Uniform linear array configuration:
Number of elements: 24
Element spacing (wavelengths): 0.75
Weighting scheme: kaiser
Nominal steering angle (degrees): -45
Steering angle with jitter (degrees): -45.075
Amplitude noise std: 0.05
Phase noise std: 0.05

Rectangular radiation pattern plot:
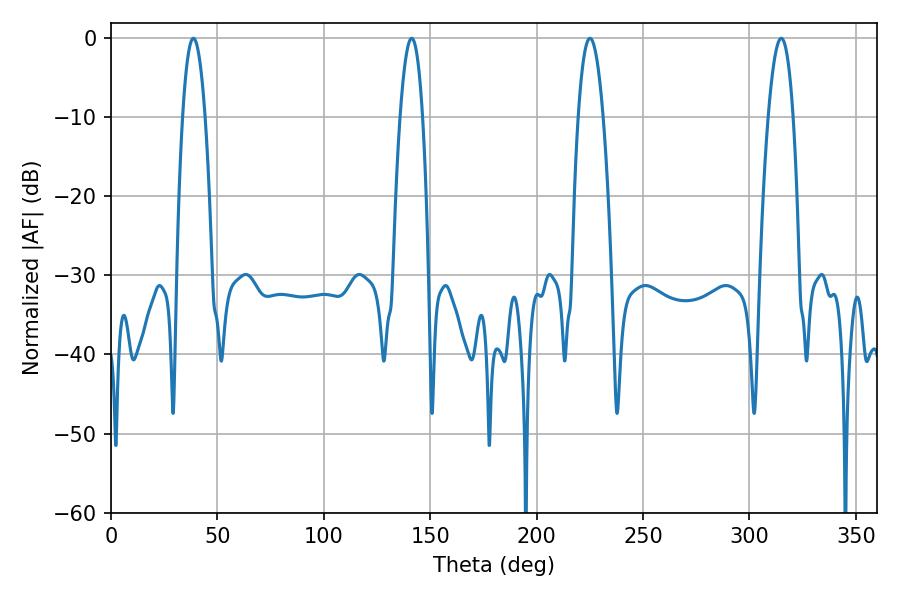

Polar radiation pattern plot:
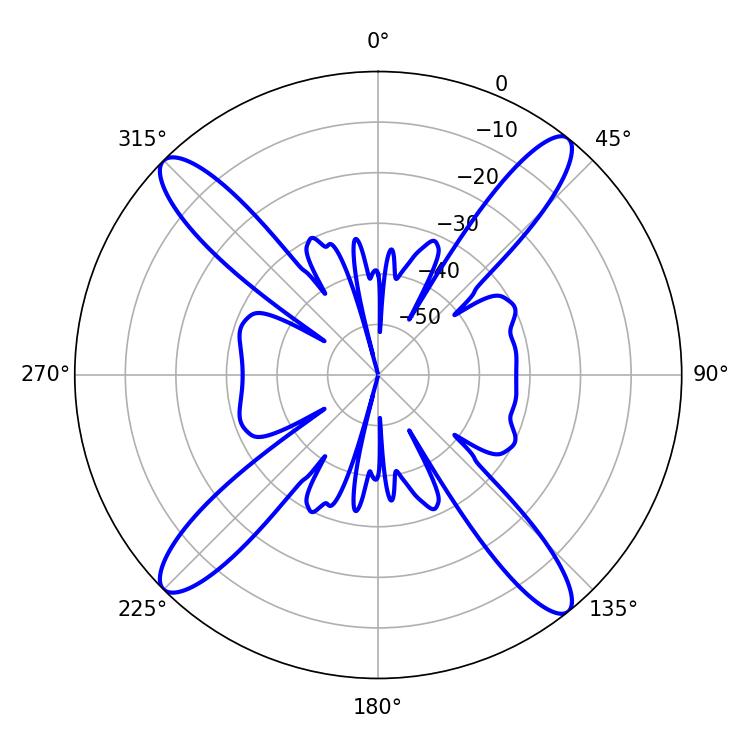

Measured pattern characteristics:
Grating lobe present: TRUE
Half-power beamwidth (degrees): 5.94
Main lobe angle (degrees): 141.3